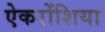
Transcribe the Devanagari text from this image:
ऐकरोंशिया